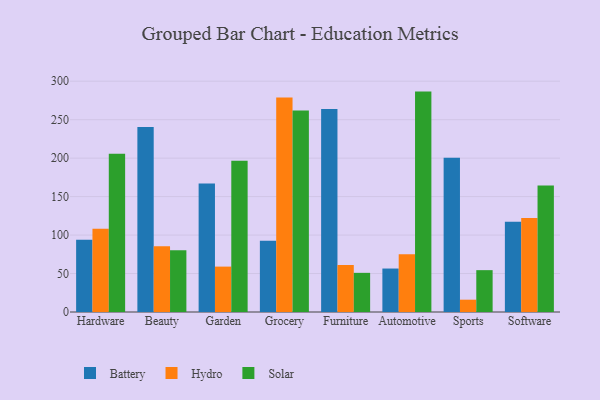
{"axis": {"x": "Category", "y": "Customer Acquisition Cost (USD)"}, "legend": ["Battery", "Hydro", "Solar"], "data": [{"x": "Hardware", "y": 93.9, "type": "Battery"}, {"x": "Hardware", "y": 108.3, "type": "Hydro"}, {"x": "Hardware", "y": 205.7, "type": "Solar"}, {"x": "Beauty", "y": 240.6, "type": "Battery"}, {"x": "Beauty", "y": 85.5, "type": "Hydro"}, {"x": "Beauty", "y": 80.2, "type": "Solar"}, {"x": "Garden", "y": 166.9, "type": "Battery"}, {"x": "Garden", "y": 59.0, "type": "Hydro"}, {"x": "Garden", "y": 196.6, "type": "Solar"}, {"x": "Grocery", "y": 92.5, "type": "Battery"}, {"x": "Grocery", "y": 278.8, "type": "Hydro"}, {"x": "Grocery", "y": 261.9, "type": "Solar"}, {"x": "Furniture", "y": 263.9, "type": "Battery"}, {"x": "Furniture", "y": 61.1, "type": "Hydro"}, {"x": "Furniture", "y": 50.9, "type": "Solar"}, {"x": "Automotive", "y": 56.5, "type": "Battery"}, {"x": "Automotive", "y": 75.1, "type": "Hydro"}, {"x": "Automotive", "y": 286.5, "type": "Solar"}, {"x": "Sports", "y": 200.5, "type": "Battery"}, {"x": "Sports", "y": 16.0, "type": "Hydro"}, {"x": "Sports", "y": 54.4, "type": "Solar"}, {"x": "Software", "y": 117.4, "type": "Battery"}, {"x": "Software", "y": 122.3, "type": "Hydro"}, {"x": "Software", "y": 164.4, "type": "Solar"}]}